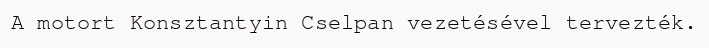
A motort Konsztantyin Cselpan vezetésével tervezték.